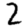
Digit: 2